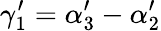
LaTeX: \gamma_{1}^{\prime}=\alpha_{3}^{\prime}-\alpha_{2}^{\prime}